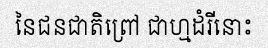
នៃជនជាតិព្រៅ ជាហ្មដំរីនោះ